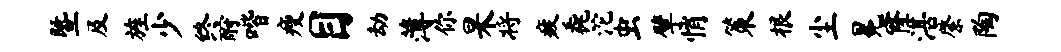
暨及旌少终酹喈瘦目劫薄你杲将疲毳沱虫擘悄策根尘冕窿湛綮陶